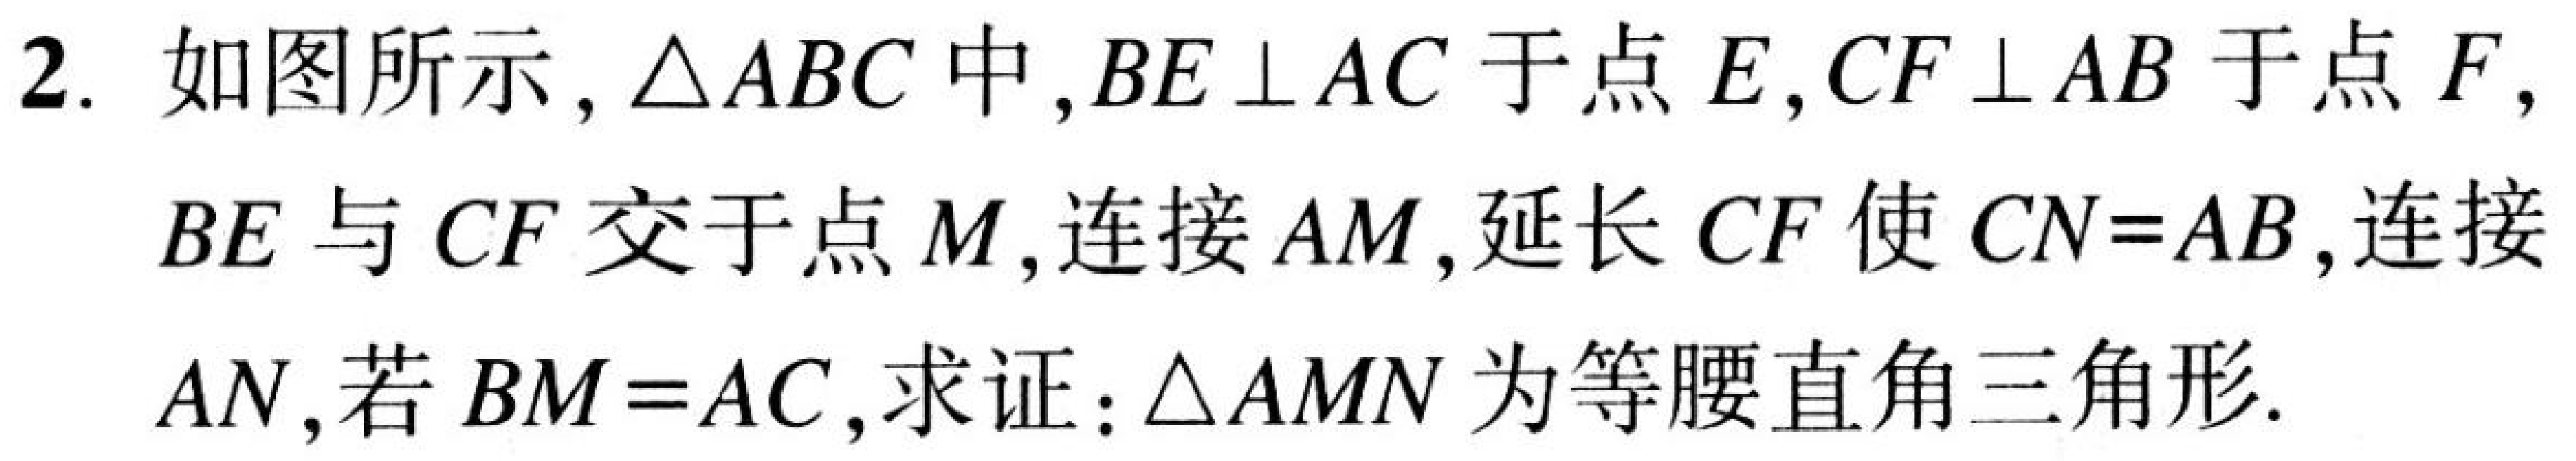
2. 如图所示,$\triangle ABC$中,$BE\perp AC$于点$E,CF\perp AB$于点$F,$
$BE$与$CF$交于点$M$,连接$AM$,延长$CF$使$CN = AB$,连接
$AN$,若$BM = AC$,求证:$\triangle AMN$为等腰直角三角形.